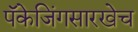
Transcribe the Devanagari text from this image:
पॅकेजिंगसारखेच